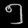
Digit: ၅